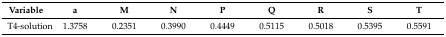
| Variable | a | M | N | P | Q | R | S | T |
 | --- | --- | --- | --- | --- | --- | --- | --- | --- |
 | T4-solution | 1.3758 | 0.2351 | 0.3990 | 0.4449 | 0.5115 | 0.5018 | 0.5395 | 0.5591 |